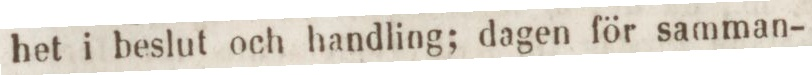
het i beslut och handling; dagen för samman-